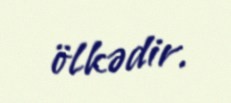
ölkədir.